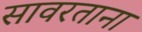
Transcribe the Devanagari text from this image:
सावरताना